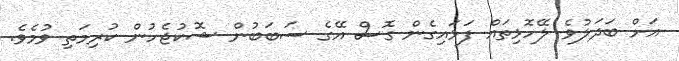
އަށް ބަދަލުވެ ލޭހޮޅިތައް ފަޅައިގެން ގޮސް އޭގެ ސަބަބުން ޝޮކުޖެހުން ކުރިމަތި ވުމެވެ.